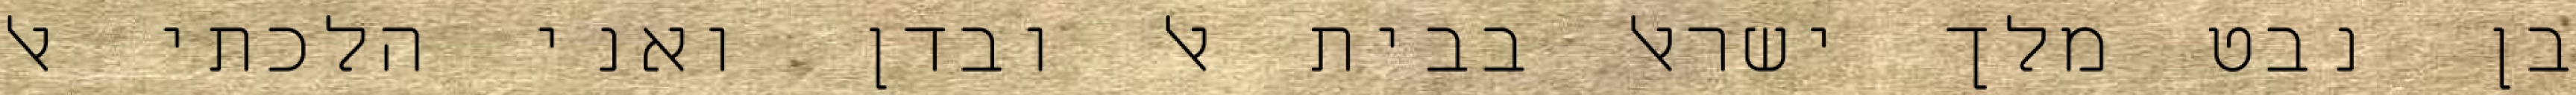
בן נבט מלך ישראל בבית אל ובדן ואני הלכתי אל